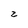
Character: z